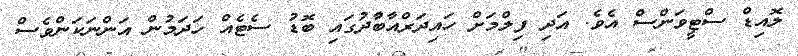
ލޮއިޑް ސްޓީވަންސް އެވެ. އަދި ފިލްމަށް ހައިދަރްއާބާުދުގައި ބޮޑު ސެޓެއް ހަދަމުން އަންނަކަންވެސް